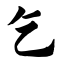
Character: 乞